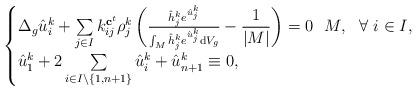
LaTeX: \begin{align*}\begin{cases}\Delta_g\hat{u}_i^k+\sum\limits_{j\in I}k_{ij}^{\mathbf{c}^{t}}\rho^k_{j}\left(\frac{\hat h^k_{j}e^{\hat{u}^k_j}}{\int_{M}\hat{h}^k_{j}e^{\hat{u}^k_j}\mathrm{d}V_{g}}-\dfrac{1}{|M|}\right)=0 \ \ M, \ \ \forall \ i\in I,\\\hat{u}_1^k+2\sum\limits_{i\in I\setminus\{1,n+1\}}\hat{u}_i^k+\hat{u}_{n+1}^k\equiv0,\end{cases}\end{align*}